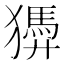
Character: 㺛